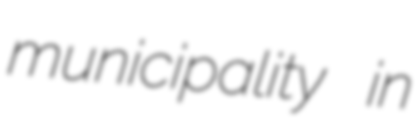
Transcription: municipality in